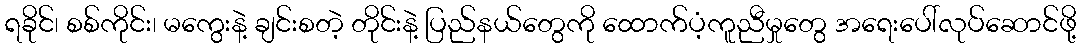
ရခိုင်၊ စစ်ကိုင်း၊ မကွေးနဲ့ ချင်းစတဲ့ တိုင်းနဲ့ ပြည်နယ်တွေကို ထောက်ပံ့ကူညီမှုတွေ အရေးပေါ်လုပ်ဆောင်ဖို့